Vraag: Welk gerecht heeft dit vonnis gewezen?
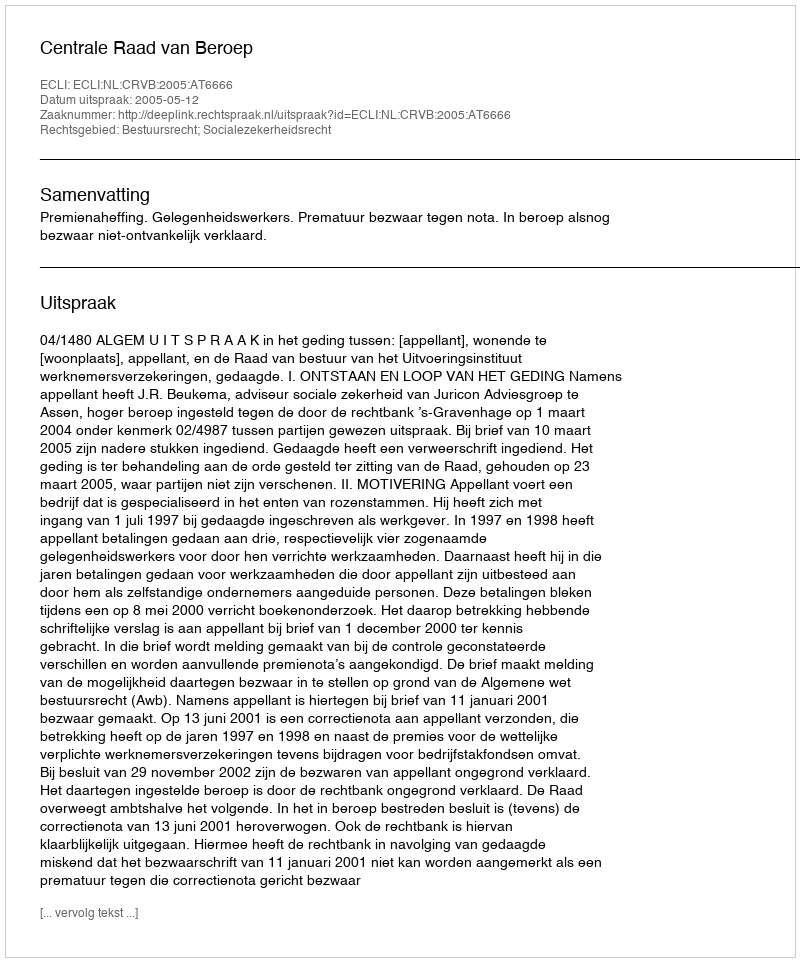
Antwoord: Centrale Raad van Beroep